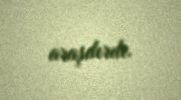
araşdırdı.